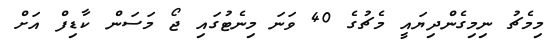
މިމެޗު ނިމިގެންދިޔައީ މެޗުގެ 40 ވަނަ މިނެޓުގައި ޖޯ މަސަން ކާޑިފް އަށް